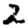
Digit: 2